Indian journal of veterinary science and animal husbandry - Volume 12,
Year: 1942
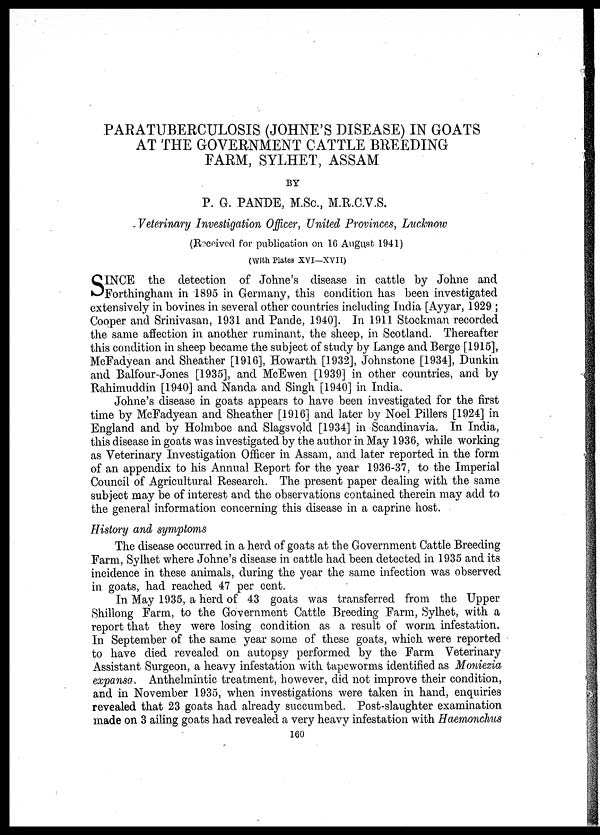
PARATUBERCULOSIS (JOHNE'S DISEASE) IN GOATS
AT THE GOVERNMENT CATTLE BREEDING
FARM, SYLHET, ASSAM
BY
P. G. PANDE, M.Sc, M.R.C.V.S.
Veterinary Investigation Officer, United Provinces, Lucknow
(Received for publication on 16 August 1941)
(With Plates XVI—XVII)
S INCE the detection of Johne's disease in cattle by Johne and
Forthingham in 1895 in Germany, this condition has been investigated
extensively in bovines in several other countries including India [Ayyar, 1929 ;
Cooper and Srinivasan, 1931 and Pande, 1940]. In 1911 Stockman recorded
the same affection in another ruminant, the sheep, in Scotland. Thereafter
this condition in sheep became the subject of study by Lange and Berge [1915],
McFadyean and Sheather [1916], Howarth [1932], Johnstone [1934], Dunkin
and Balfour-Jones [1935], and McEwen [1939] in other countries, and by
Rahimuddin [1940] and Nanda and Singh [1940] in India.
Johne's disease in goats appears to have been investigated for the first
time by McFadyean and Sheather [1916] and later by Noel Pillers [1924] in
England and by Holmboe and Slagsvold [1934] in Scandinavia. In India,
this disease in goats was investigated by the author in May 1936, while working
as Veterinary Investigation Officer in Assam, and later reported in the form
of an appendix to his Annual Report for the year 1936-37, to the Imperial
Council of Agricultural Research. The present paper dealing with the same
subject may be of interest and the observations contained therein may add to
the general information concerning this disease in a caprine host.
History and symptoms
The disease occurred in a herd of goats at the Government Cattle Breeding
Farm, Sylhet where Johne's disease in cattle had been detected in 1935 and its
incidence in these animals, during the year the same infection was observed
in goats, had reached 47 per cent.
In May 1935, a herd of 43 goats was transferred from the Upper
Shillong Farm, to the Government Cattle Breeding Farm, Sylhet, with a
report that they were losing condition as a result of worm infestation.
In September of the same year some of these goats, which were reported
to have died revealed on autopsy performed by the Farm Veterinary
Assistant Surgeon, a heavy infestation with tapeworms identified as Moniezia
expansa. Anthelmintic treatment, however, did not improve their condition,
and in November 1935, when investigations were taken in hand, enquiries
revealed that 23 goats had already succumbed. Post-slaughter examination
made on 3 ailing goats had revealed a very heavy infestation with Haemonchus
160